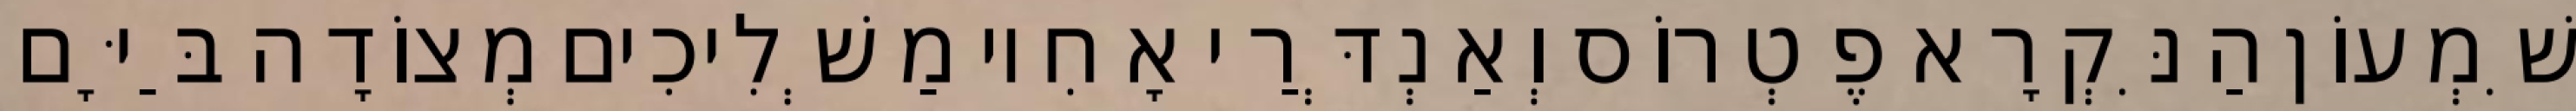
שִׁמְעוֹן הַנִּקְרָא פֶטְרוֹס וְאַנְדְּרַי אָחִיו מַשְׁלִיכִים מְצוֹדָה בַּיָּם